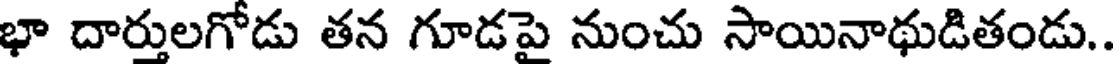
భా దార్తులగోడు తన గూడపై నుంచు సాయినాథుడితండు.